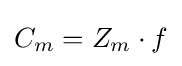
C_{m}=Z_{m}\cdot f